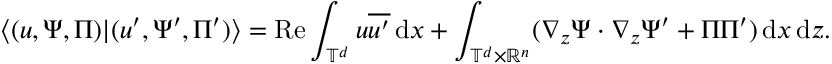
\langle ( u , \Psi , \Pi ) | ( u ^ { \prime } , \Psi ^ { \prime } , \Pi ^ { \prime } ) \rangle = \mathrm { R e } \displaystyle \int _ { \mathbb T ^ { d } } u \overline { { u ^ { \prime } } } \, { \mathrm { d } } x + \int _ { \mathbb T ^ { d } \times \mathbb { R } ^ { n } } ( \nabla _ { z } \Psi \cdot \nabla _ { z } \Psi ^ { \prime } + \Pi \Pi ^ { \prime } ) \, { \mathrm { d } } x \, { \mathrm { d } } z .